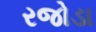
રજોડા